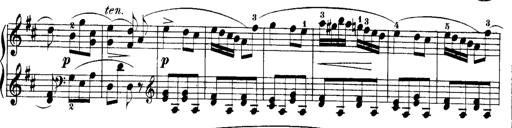
Title: Rondos and Sonatinas for Pianoforte
Composer: Daniel Steibelt